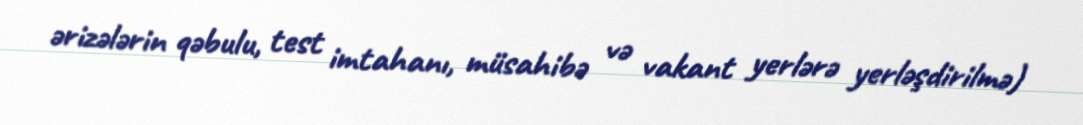
ərizələrin qəbulu, test imtahanı, müsahibə və vakant yerlərə yerləşdirilmə)